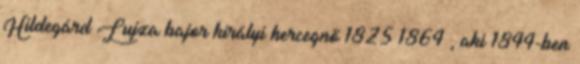
Hildegárd Lujza bajor királyi hercegnő 1825–1864 , aki 1844-ben